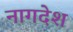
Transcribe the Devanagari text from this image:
नागदेश